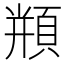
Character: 𩓍